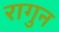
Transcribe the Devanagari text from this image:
रागुन